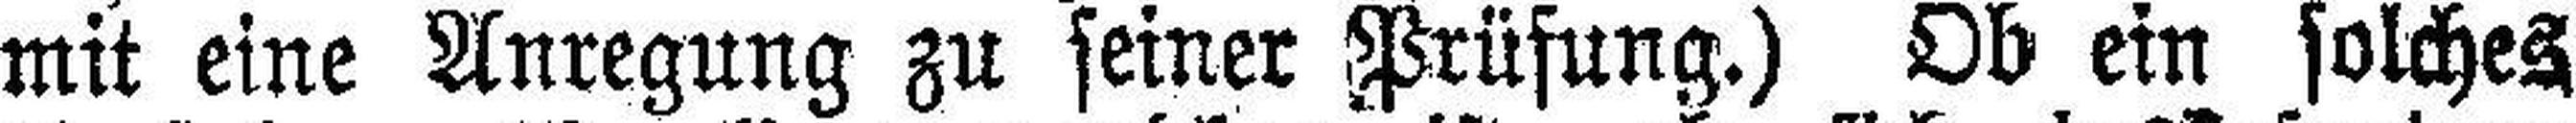
mit eine Anregung zu seiner Prüfung.) Ob ein solches